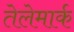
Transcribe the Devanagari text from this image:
तेलेमार्क